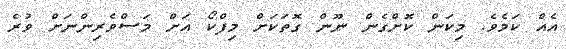
އެއް ކަމެވެ. މިކަން ކޮށްގެން ނޫން ގޮތަކަށް މިފްކޯ އަށް މަސްވެރިންނަށް ވުރެ